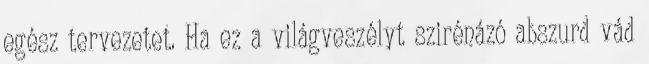
egész tervezetet. Ha ez a világveszélyt szirénázó abszurd vád